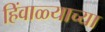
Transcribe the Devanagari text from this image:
हिंवाळ्याच्या